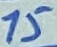
Text: 15